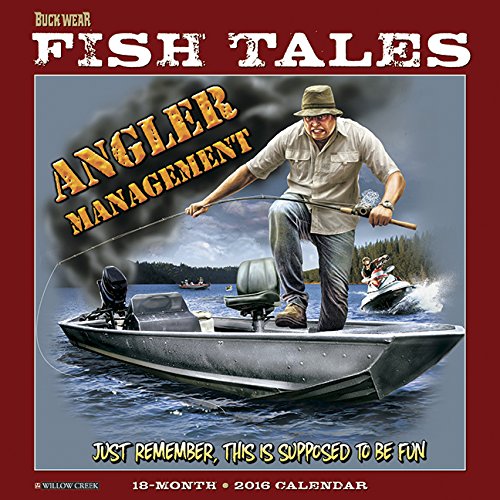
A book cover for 2016 Buck Wear's Fishing Tales Wall Calendar; Willow Creek Press; Calendars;